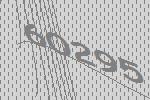
60295